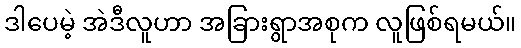
ဒါပေမဲ့ အဲဒီလူဟာ အခြားရွာအစုက လူဖြစ်ရမယ်။